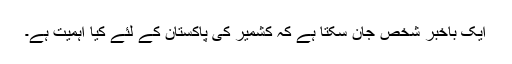
ایک باخبر شخص جان سکتا ہے کہ کشمیر کی پاکستان کے لئے کیا اہمیت ہے۔